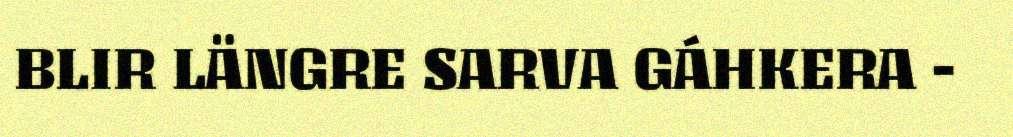
BLIR LÄNGRE SARVA GÁHKERA -